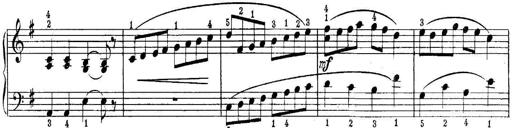
Title: Quatres sonatines
Composer: Tadeusz Joteyko